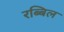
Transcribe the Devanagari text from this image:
रब्बिल